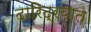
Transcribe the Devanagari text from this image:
दारिद्रयात